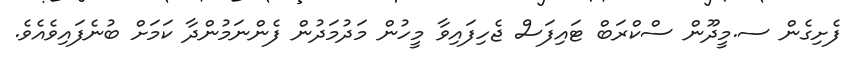
ފެށިގެން ސ.މީދޫން ސްކްރަބް ޓައިފަސް ޖެހިފައިވާ މީހުން މަދުމަދުން ފެންނަމުންދާ ކަމަށް ބުނެފައިވެއެވެ.